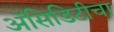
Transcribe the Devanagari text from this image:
अॅसिडिटीचा